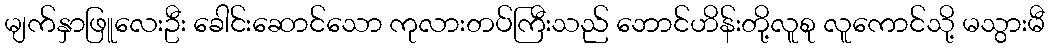
မျက်နှာဖြူလေးဦး ခေါင်းဆောင်သော ကုလားတပ်ကြီးသည် ဘောင်ဟိန်းတို့လူစု လူကောင်သို့ မသွားမီ